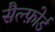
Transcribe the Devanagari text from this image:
सैल्फ़ोर्ड